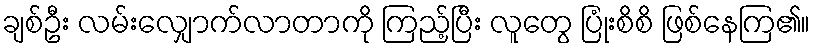
ချစ်ဦး လမ်းလျှောက်လာတာကို ကြည့်ပြီး လူတွေ ပြုံးစိစိ ဖြစ်နေကြ၏။